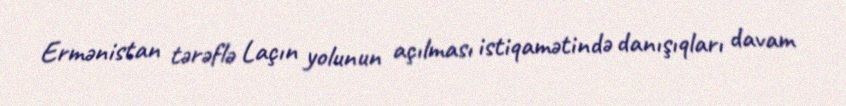
Ermənistan tərəflə Laçın yolunun açılması istiqamətində danışıqları davam